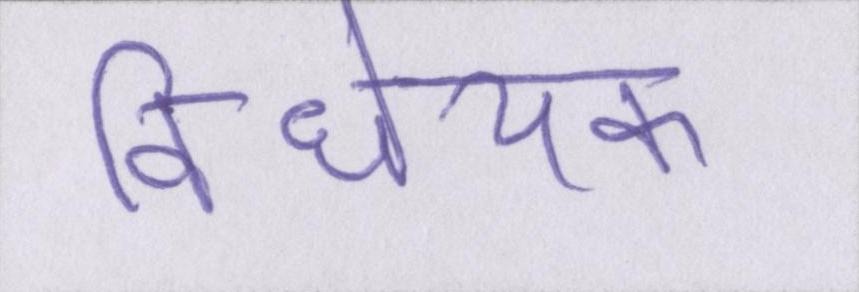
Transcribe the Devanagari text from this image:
विधेयक